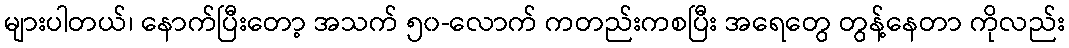
များပါတယ်၊ နောက်ပြီးတော့ အသက် ၅၀-လောက် ကတည်းကစပြီး အရေတွေ တွန့်နေတာ ကိုလည်း